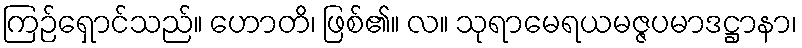
ကြဉ်ရှောင်သည်။ ဟောတိ၊ ဖြစ်၏။ လ။ သုရာမေရယမဇ္ဇပမာဒဋ္ဌာနာ၊